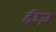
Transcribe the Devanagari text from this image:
हीज़